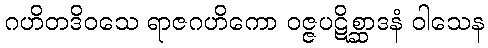
ဂဟိတဒိဝသေ ရာဇဂဟိကော ဝဇ္ဇပဋိစ္ဆာဒနံ ဝါသေန